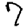
Digit: 7